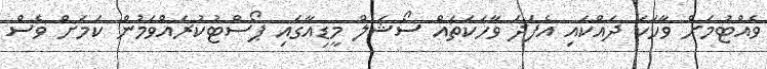
ވެއްޓުމަށް ވާހަކަ ދައްކައި އެފަދަ ވާހަކަތައް ސޯޝަލް މީޑިއާގައި ޕޯސްޓުކުރައްވަމުން ކަމަށް ވެސް